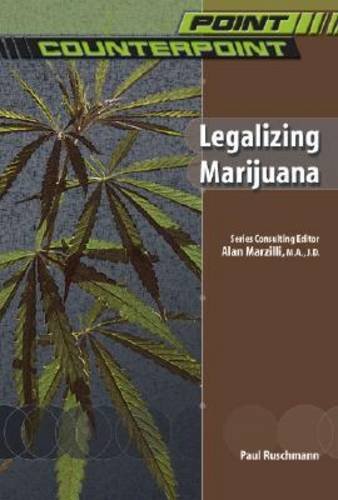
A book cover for Legaliz of Marijuana (PT/CPT) (Point/Counterpoint (Chelsea Hardcover)); Paul Ruschmann; Teen & Young Adult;